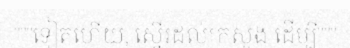
"""ទៀតហើយ, ស្នើរដល់ក្រសួង ដើម្បី"""